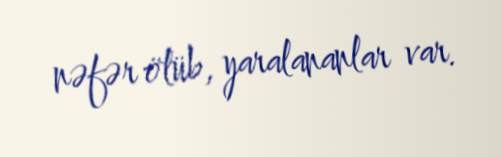
nəfər ölüb, yaralananlar var.